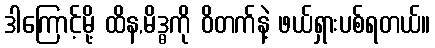
ဒါကြောင့်မို့ ထိန,မိဒ္ဓကို ဝိတက်နဲ့ ဖယ်ရှားပစ်ရတယ်။